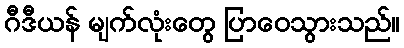
ဂီဒီယန် မျက်လုံးတွေ ပြာဝေသွားသည်။